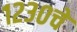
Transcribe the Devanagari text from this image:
१२३०चे